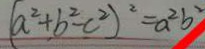
( a ^ { 2 } + b ^ { 2 } - c ^ { 2 } ) ^ { 2 } = a ^ { 2 } b ^ { 2 }